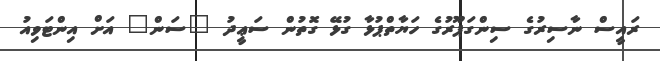
ރައީސް ނާސިރުގެ ސިންގަޕޫރުގެ ހަޔާތްޕުޅާ ގުޅޭ ގޮތުން ސަޢީދު "ސަން" އަށް އިންޓަވިއު